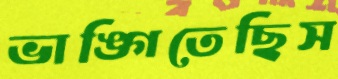
ভাঙ্গিতেছিস